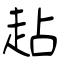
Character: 趈